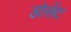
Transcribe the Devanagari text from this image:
डोसेंट